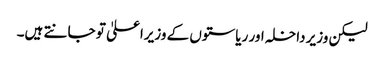
لیکن وزیر داخلہ اور ریاستوں کے وزیراعلیٰ تو جانتے ہیں۔